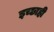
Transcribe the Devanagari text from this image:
इच्छाही